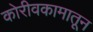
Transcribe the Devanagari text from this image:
कोरीवकामातून